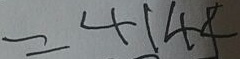
= 4 1 4 8